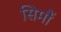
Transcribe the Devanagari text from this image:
सिमौं